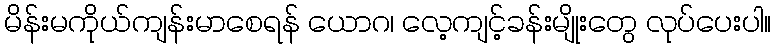
မိန်းမကိုယ်ကျန်းမာစေရန် ယောဂ၊ လေ့ကျင့်ခန်းမျိုးတွေ လုပ်ပေးပါ။